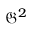
{ \mathfrak { G } } ^ { 2 }